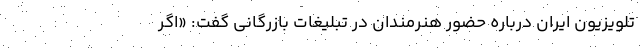
تلویزیون ایران درباره حضور هنرمندان در تبلیغات بازرگانی گفت: «اگر